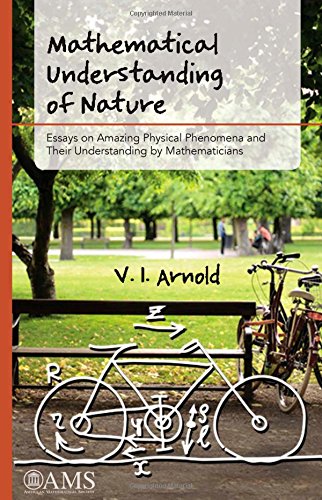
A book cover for Mathematical Understanding of Nature: Essays on Amazing Physical Phenomena and Their Understanding by Mathematicians; V. I. Arnold; Science & Math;